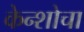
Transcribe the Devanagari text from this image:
केन्शोचा